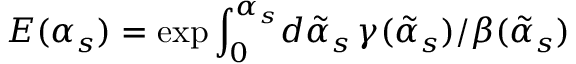
E ( \alpha _ { s } ) = \exp \int _ { 0 } ^ { \alpha _ { s } } \! d { \tilde { \alpha } _ { s } } \, \gamma ( { \tilde { \alpha } _ { s } } ) / \beta ( { \tilde { \alpha } _ { s } } )